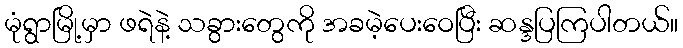
မုံရွာမြို့မှာ ဖရဲနဲ့ သခွားတွေကို အခမဲ့ပေးဝေပြီး ဆန္ဒပြကြပါတယ်။